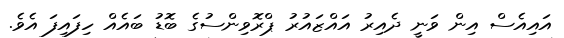
އައިއެސް އިން ވަނީ ދެއިރު އައްޒައުރު ޕްރޮވިންސުގެ ބޮޑު ބައެއް ހިފައިފަ އެވެ.